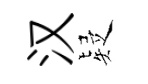
汉疑